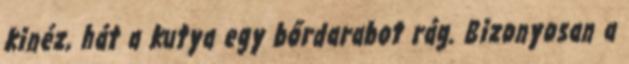
kinéz, hát a kutya egy bőrdarabot rág. Bizonyosan a